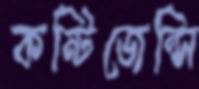
কন্টিজেন্সি